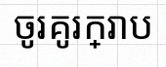
ចូរគូរក្រាប